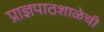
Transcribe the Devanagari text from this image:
प्राज्ञपाठशाळेची